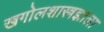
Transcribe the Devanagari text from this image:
खगोलशास्त्रज्ञाला